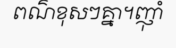
ពណ៌ខុសៗគ្នា។ញ៉ាំ